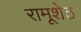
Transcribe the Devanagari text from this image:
रामूशेठ